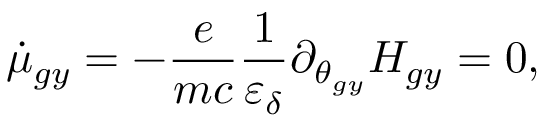
\dot { \mu } _ { g y } = - \frac { e } { m c } \frac { 1 } { \varepsilon _ { \delta } } \partial _ { \theta _ { g y } } H _ { g y } = 0 ,